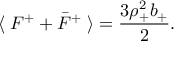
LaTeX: \langle \; F ^ { + } + \bar { F } ^ { + } \; \rangle = { \frac { 3 \rho _ { + } ^ { 2 } b _ { + } } { 2 } } .